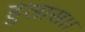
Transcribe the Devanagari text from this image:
हुलास।।